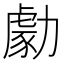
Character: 勮